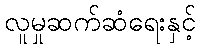
လူမှုဆက်ဆံရေးနှင့်